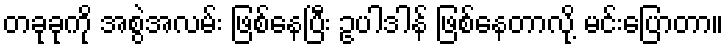
တခုခုကို အစွဲအလမ်း ဖြစ်နေပြီး ဥပါဒါန် ဖြစ်နေတာလို့ မင်းပြောတာ။